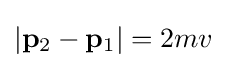
|\mathbf {p} _{2}-\mathbf {p} _{1}|=2mv